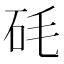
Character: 𥐽